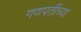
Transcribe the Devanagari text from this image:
गणपतींच्या